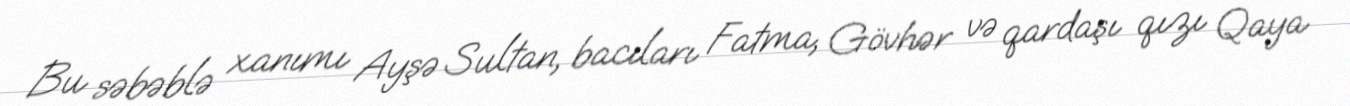
Bu səbəblə xanımı Ayşə Sultan, bacıları Fatma, Gövhər və qardaşı qızı Qaya